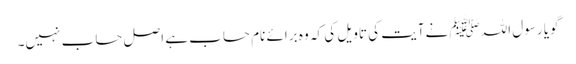
گویا رسول اللہﷺ نےآیت کی تاویل کی کہ وہ برائے نام حساب ہے اصل حساب نہیں۔